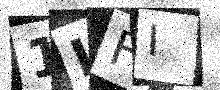
Text: 1LFI